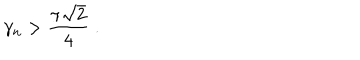
\gamma _ { n } > \frac { \pi \sqrt { 2 } } { 4 } \; .